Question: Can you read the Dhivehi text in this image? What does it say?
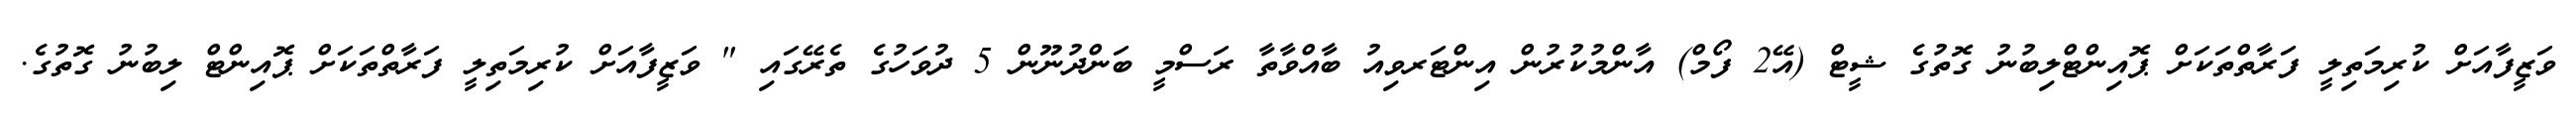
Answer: ވަޒީފާއަށް ކުރިމަތިލީ ފަރާތްތަކަށް ޕޮއިންޓްލިބުނު ގޮތުގެ ޝީޓް (އޭ2 ފޯމް) އާންމުކުރުން އިންޓަރވިއު ބާއްވާތާ ރަސްމީ ބަންދުނޫން 5 ދުވަހުގެ ތެރޭގައި " ވަޒީފާއަށް ކުރިމަތިލީ ފަރާތްތަކަށް ޕޮއިންޓް ލިބުނު ގޮތުގެ.